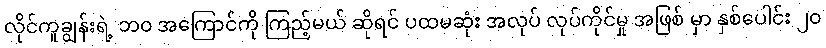
လိုင်ကူချွန်းရဲ့ ဘ၀ အကြောင်ကို ကြည့်မယ် ဆိုရင် ပထမဆုံး အလုပ် လုပ်ကိုင်မှု အဖြစ် မှာ နှစ်ပေါင်း ၂၀